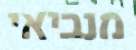
מנביאי